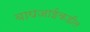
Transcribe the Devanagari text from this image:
वाघजाईकडील